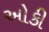
ઓકી